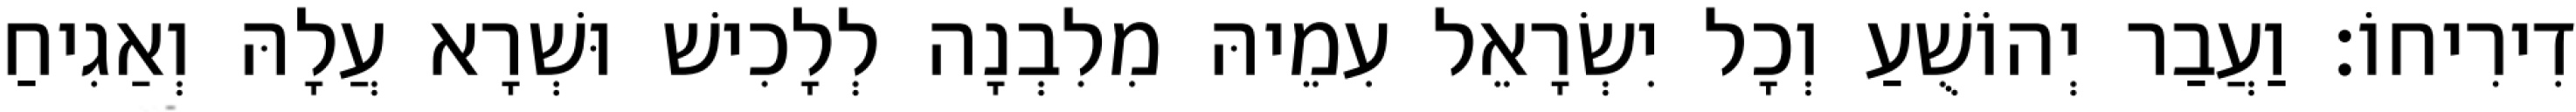
דִירִיחוֹ׃ וַעֲבַר יְהוֹשֻׁעַ וְכָל יִשְׂרָאֵל עִמֵיהּ מִלִבְנָה לְלָכִישׁ וּשְׁרָא עֲלָהּ וְאַגִיחַ